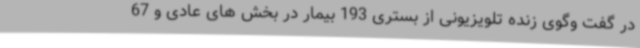
در گفت وگوی زنده تلویزیونی از بستری 193 بیمار در بخش های عادی و 67